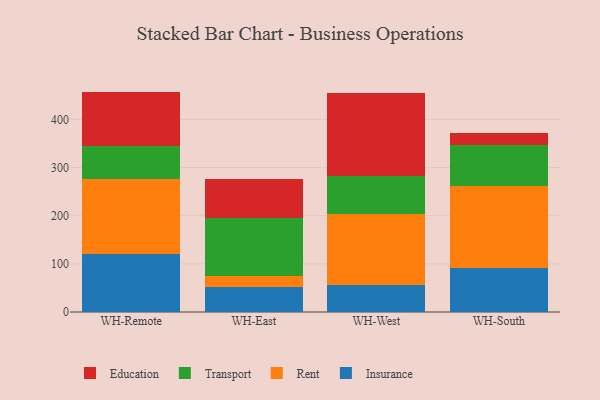
{"axis": {"x": "Warehouse", "y": "Revenue (USD Million)"}, "legend": ["Education", "Insurance", "Rent", "Transport"], "data": [{"x": "WH-Remote", "y": 120.1, "type": "Insurance"}, {"x": "WH-Remote", "y": 155.5, "type": "Rent"}, {"x": "WH-Remote", "y": 69.1, "type": "Transport"}, {"x": "WH-Remote", "y": 113.1, "type": "Education"}, {"x": "WH-East", "y": 51.7, "type": "Insurance"}, {"x": "WH-East", "y": 23.7, "type": "Rent"}, {"x": "WH-East", "y": 120.5, "type": "Transport"}, {"x": "WH-East", "y": 79.8, "type": "Education"}, {"x": "WH-West", "y": 56.4, "type": "Insurance"}, {"x": "WH-West", "y": 147.4, "type": "Rent"}, {"x": "WH-West", "y": 78.6, "type": "Transport"}, {"x": "WH-West", "y": 173.4, "type": "Education"}, {"x": "WH-South", "y": 91.8, "type": "Insurance"}, {"x": "WH-South", "y": 170.3, "type": "Rent"}, {"x": "WH-South", "y": 85.2, "type": "Transport"}, {"x": "WH-South", "y": 24.7, "type": "Education"}]}